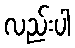
လည်းပါ